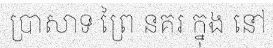
ប្រាសាទ ព្រៃ នគរ ក្នុង នៅ